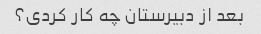
بعد از دبیرستان چه کار کردی؟